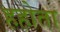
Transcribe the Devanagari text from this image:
हहोता